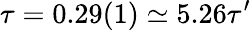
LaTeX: \tau=0.29(1)\simeq 5.26\tau^{\prime}